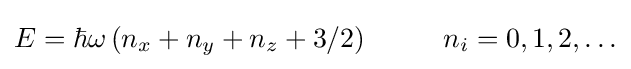
E=\hbar \omega \left(n_{x}+n_{y}+n_{z}+3/2\right)~~~~~~~~n_{i}=0,1,2,\ldots